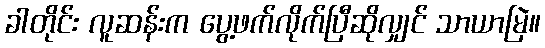
ခါတိုင်း လူဆန်းက ပွေ့ဖက်လိုက်ပြီဆိုလျှင် သာယာမြဲ။